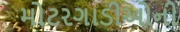
મોટરગાડીઓની